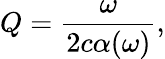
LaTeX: Q=\frac{\omega}{2c\alpha(\omega)},